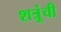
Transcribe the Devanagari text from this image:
शत्रूंची